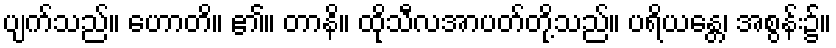
ပျက်သည်။ ဟောတိ။ ၏။ တာနိ။ ထိုသီလအာပတ်တို့သည်။ ပရိယန္တေ၊ အစွန်း၌။